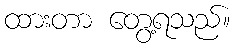
ထားတာ တွေ့ရသည်။